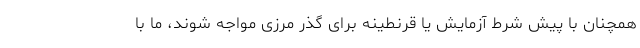
همچنان با پیش شرط آزمایش یا قرنطینه برای گذر مرزی مواجه شوند، ما با